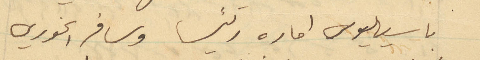
باسيليوس اماره رئيسا وسافر الخوري